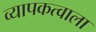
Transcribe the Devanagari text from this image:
व्यापकत्वाला